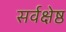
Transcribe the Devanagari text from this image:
सर्वक्षेष्ठ